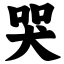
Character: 哭